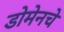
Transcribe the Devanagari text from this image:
डोमेनचे